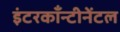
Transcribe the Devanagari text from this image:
इंटरकाँन्टीनेंटल